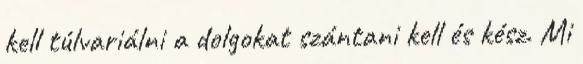
kell túlvariálni a dolgokat szántani kell és kész. Mi